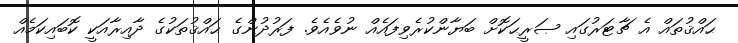
ޙައްޤުތައް އެ ޗާޓަރުގައި ޞަރީޙަކޮށް ބަޔާންކުރެވިފައެއް ނުވެއެވެ. ފަރުދުންގެ ޙައްޤުތަކުގެ ދާއިރާއަކީ ކޮބައިކަމެއް